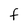
Character: F